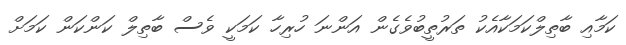
ކަމާއި ބާތިލްކަމަކާއެކު ތަރުތީބުވެގެން އަންނަ ހުރިހާ ކަމަކީ ވެސް ބާތިލް ކަންކަން ކަމަށް